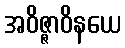
အဝိဇ္ဇာဝိနယေ